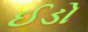
ઈડો